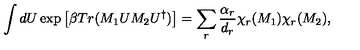
\int d U \exp \left[ \beta T r ( M _ { 1 } U M _ { 2 } U ^ { \dagger } ) \right] = \sum _ { r } \frac { \alpha _ { r } } { d _ { r } } \chi _ { r } ( M _ { 1 } ) \chi _ { r } ( M _ { 2 } ) ,